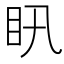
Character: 𥃴